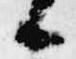
候